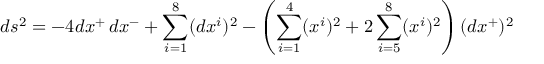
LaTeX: d s ^ { 2 } = - 4 d x ^ { + } \, d x ^ { - } + \sum _ { i = 1 } ^ { 8 } ( d x ^ { i } ) ^ { 2 } - \left( \sum _ { i = 1 } ^ { 4 } ( x ^ { i } ) ^ { 2 } + 2 \sum _ { i = 5 } ^ { 8 } ( x ^ { i } ) ^ { 2 } \right) ( d x ^ { + } ) ^ { 2 }